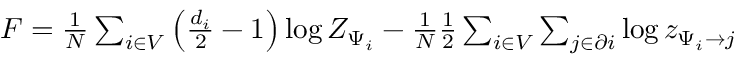
\begin{array} { r } { F = \frac { 1 } { N } \sum _ { i \in V } \left( \frac { d _ { i } } { 2 } - 1 \right) \log Z _ { \Psi _ { i } } - \frac { 1 } { N } \frac { 1 } { 2 } \sum _ { i \in V } \sum _ { j \in \partial i } \log z _ { \Psi _ { i } \to j } } \end{array}